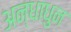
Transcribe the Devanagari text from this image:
अन्धाधुन